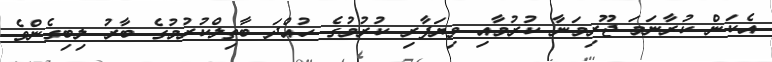
އެކަން ކުރާނަމަ ޖޫރިމަނާ ކުރުމާއި ވިޔަފާރި ކުރުމުގެ ހުއްދަ ބާތިލްކުރުމުގެ ބާރު ލިބިގެންވެ